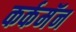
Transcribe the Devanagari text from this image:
कर्कमॅन